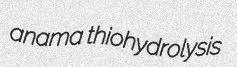
anama thiohydrolysis